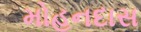
મોહનદાસ